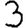
Digit: 3